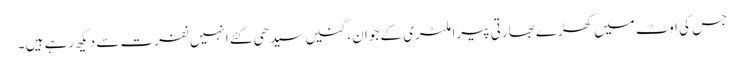
جس کی اوٹ میں کھڑے بھارتی پیرا ملٹری کے جوان ، گنیں سیدھی کئے انہیں نفرت سے دیکھ رہے ہیں ۔